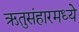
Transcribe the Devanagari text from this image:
ऋतुसंहारमध्ये